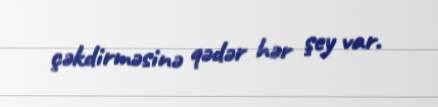
çəkdirməsinə qədər hər şey var.